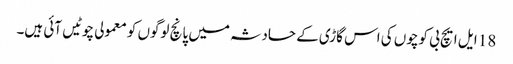
18 ایل ایچ بی کوچوں کی اس گاڑی کے حادثہ میں پانچ لوگوں کو معمولی چوٹیں آئی ہیں۔